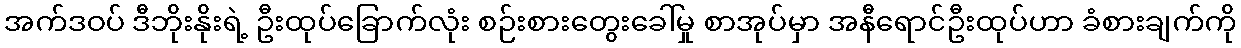
အက်ဒဝပ် ဒီဘိုးနိုးရဲ့ ဦးထုပ်ခြောက်လုံး စဉ်းစားတွေးခေါ်မှု စာအုပ်မှာ အနီရောင်ဦးထုပ်ဟာ ခံစားချက်ကို